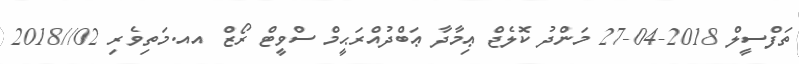
ތަފްސީލް 2018-04-27 މަންދު ކޮލެޖް ޢިމާދާ ޢަބްދުއްރަޙީމް ސްވީޓް ރޯޒް އއ.މަތިވެރި 02//2018